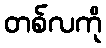
တစ်လကို